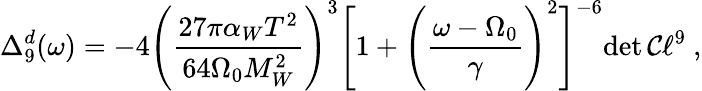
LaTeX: \Delta_{9}^{d}(\omega)=-4\left({\frac{27\pi\alpha_{W}T^{2}}{64\Omega_{0}M_{W}^{2}}}\right)^{3}\Biggl[1+\Biggl({\frac{\omega-\Omega_{0}}{\gamma}}\Biggl)^{2}\Biggr]^{-6}{\operatorname*{det}{\cal C}\ell^{9}}\ ,